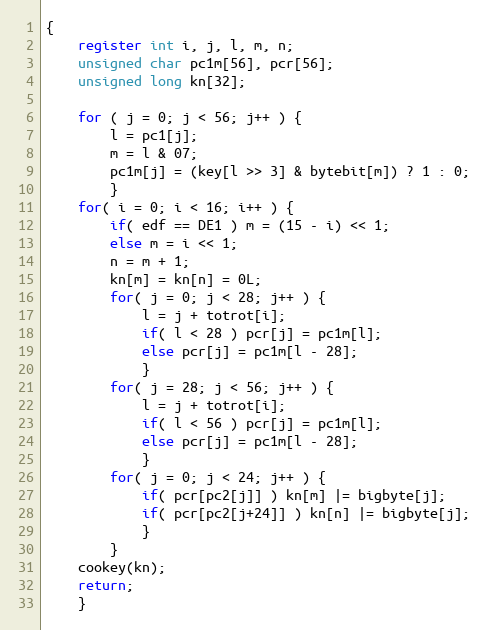
Language: C
{
	register int i, j, l, m, n;
	unsigned char pc1m[56], pcr[56];
	unsigned long kn[32];

	for ( j = 0; j < 56; j++ ) {
		l = pc1[j];
		m = l & 07;
		pc1m[j] = (key[l >> 3] & bytebit[m]) ? 1 : 0;
		}
	for( i = 0; i < 16; i++ ) {
		if( edf == DE1 ) m = (15 - i) << 1;
		else m = i << 1;
		n = m + 1;
		kn[m] = kn[n] = 0L;
		for( j = 0; j < 28; j++ ) {
			l = j + totrot[i];
			if( l < 28 ) pcr[j] = pc1m[l];
			else pcr[j] = pc1m[l - 28];
			}
		for( j = 28; j < 56; j++ ) {
		    l = j + totrot[i];
		    if( l < 56 ) pcr[j] = pc1m[l];
		    else pcr[j] = pc1m[l - 28];
		    }
		for( j = 0; j < 24; j++ ) {
			if( pcr[pc2[j]] ) kn[m] |= bigbyte[j];
			if( pcr[pc2[j+24]] ) kn[n] |= bigbyte[j];
			}
		}
	cookey(kn);
	return;
	}